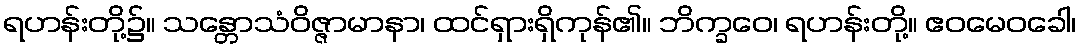
ရဟန်းတို့၌။ သန္တောသံဝိဇ္ဇာမာနာ၊ ထင်ရှားရှိကုန်၏။ ဘိက္ခဝေ၊ ရဟန်းတို့။ ဧဝမေဝခေါ၊